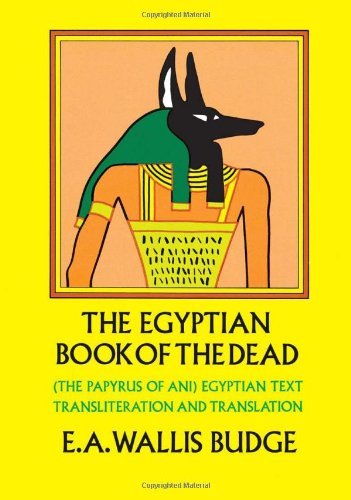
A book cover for The Egyptian Book of the Dead: The Papyrus of Ani in the British Museum [Paperback] [1967] (Author) E. A. Wallis Budge; Religion & Spirituality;